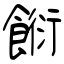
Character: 餰